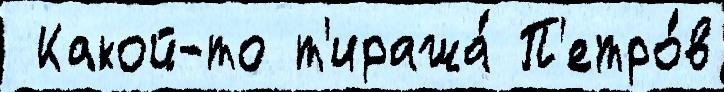
 Какой-то т'иража́ П'етро́в